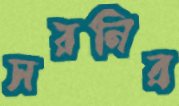
সরনির